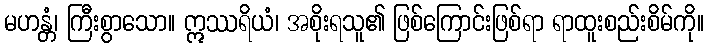
မဟန္တံ၊ ကြီးစွာသော။ ဣဿရိယံ၊ အစိုးရသူ၏ ဖြစ်ကြောင်းဖြစ်ရာ ရာထူးစည်းစိမ်ကို။